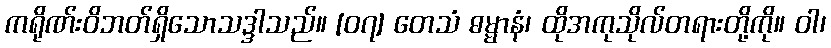
ကရိုဏ်းဝိဘတ်ရှိသောသဒ္ဒါသည်။ [၀၇] တေသံ ဓမ္မာနံ၊ ထိုအကုသိုလ်တရားတို့ကို။ ဝါ၊